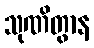
သုဏိတွာန